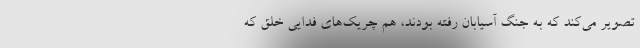
تصویر می‌کند که به جنگ آسیابان رفته بودند، هم چریک‌های فدایی خلق که